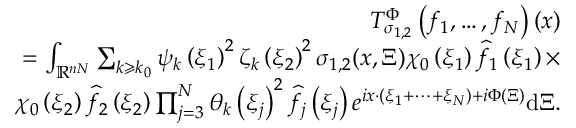
\begin{array} { r } { T _ { \sigma _ { 1 , 2 } } ^ { \Phi } \left( f _ { 1 } , \ldots , f _ { N } \right) ( x ) } \\ { = \int _ { \mathbb { R } ^ { n N } } \sum _ { k \geqslant k _ { 0 } } \psi _ { k } \left( \xi _ { 1 } \right) ^ { 2 } { \zeta } _ { k } \left( \xi _ { 2 } \right) ^ { 2 } \sigma _ { 1 , 2 } ( x , \Xi ) \chi _ { 0 } \left( \xi _ { 1 } \right) \widehat { f } _ { 1 } \left( \xi _ { 1 } \right) \times } \\ { \chi _ { 0 } \left( \xi _ { 2 } \right) \widehat { f } _ { 2 } \left( \xi _ { 2 } \right) \prod _ { j = 3 } ^ { N } \theta _ { k } \left( \xi _ { j } \right) ^ { 2 } \widehat { f } _ { j } \left( \xi _ { j } \right) e ^ { i x \cdot \left( \xi _ { 1 } + \cdots + \xi _ { N } \right) + i \Phi ( \Xi ) } \mathrm { d } \Xi . } \end{array}